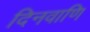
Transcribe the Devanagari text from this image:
दिनवाणि